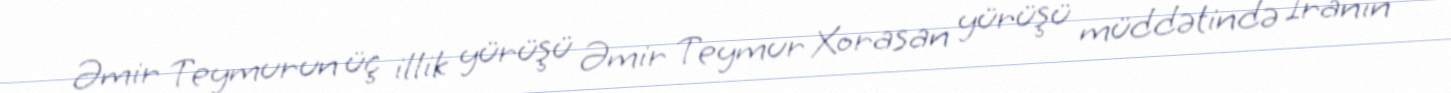
Əmir Teymurun üç illik yürüşü Əmir Teymur Xorasan yürüşü müddətində İranın